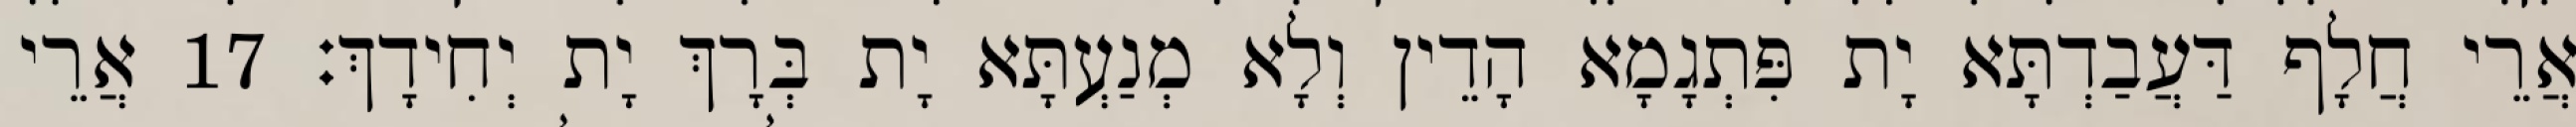
אֲרֵי חֲלָף דַּעֲבַדְתָּא יָת פִּתְגָמָא הָדֵין וְלָא מְנַעְתָּא יָת בְּרָךְ יָת יְחִידָךְ׃ 17 אֲרֵי